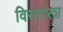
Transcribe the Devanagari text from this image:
विस्तारश